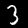
Label: 3